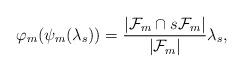
LaTeX: \begin{align*} \varphi_m(\psi_m(\lambda_s))=\frac{|\mathcal{F}_m\cap s\mathcal{F}_m|}{|\mathcal{F}_m|}\lambda_s, \end{align*}